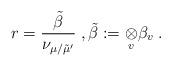
LaTeX: \begin{align*} r=\frac{\tilde\beta}{\nu_{\mu/\tilde\mu'}}\; , \tilde\beta:=\underset{v}\otimes\beta_v\;.\end{align*}